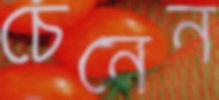
চেনেন